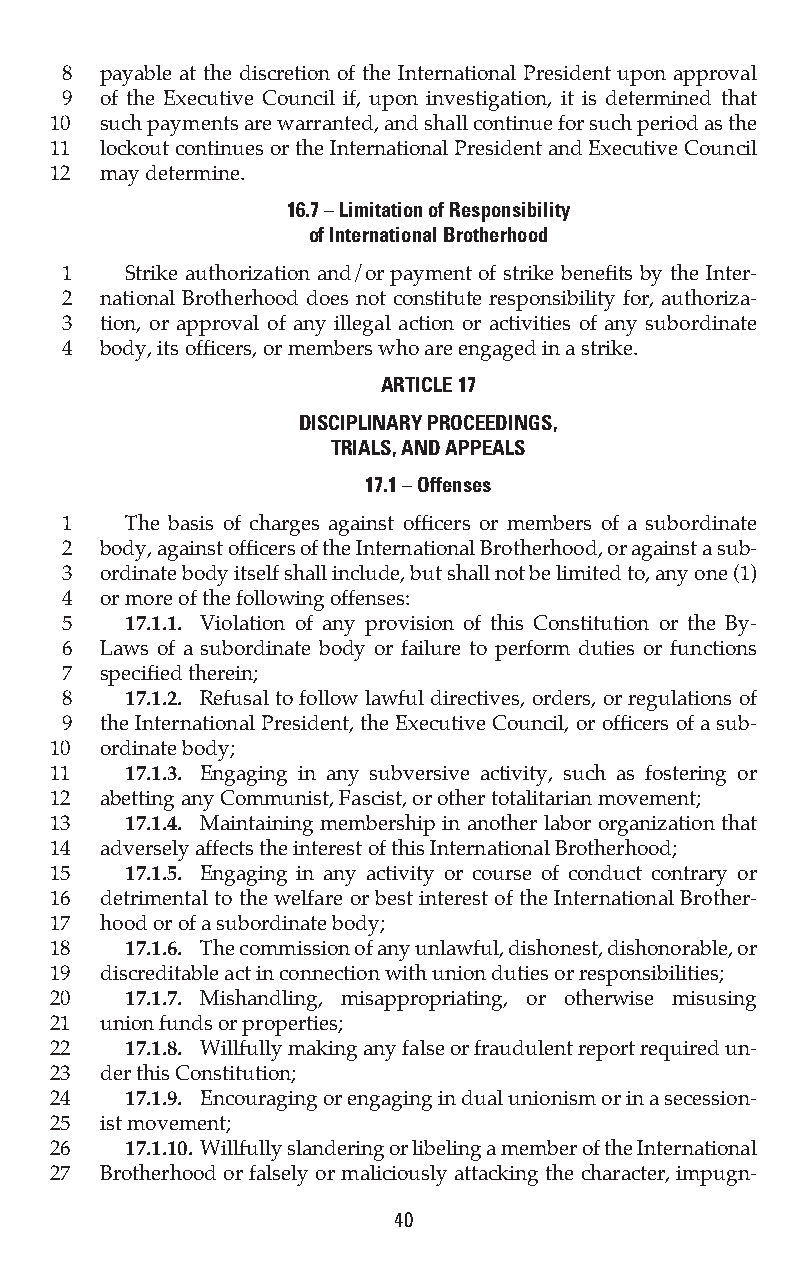
8  payable at the discretion of the International President upon approval
 9  of the Executive Council if, upon investigation, it is determined that
 10  such payments are warranted, and shall continue for such period as the
 11  lockout continues or the International President and Executive Council
 12  may determine.
 16.7 – Limitation of Responsibility
 of International Brotherhood
 1   Strike authorization and/or payment of strike benefits by the Inter-
 2  national Brotherhood does not constitute responsibility for, authoriza-
 3  tion, or approval of any illegal action or activities of any subordinate
 4  body, its officers, or members who are engaged in a strike.
 ARTICLE 17
 DISCIPLINARY PROCEEDINGS,
 TRIALS, AND APPEALS
 17.1 – Offenses
 1   The basis of charges against officers or members of a subordinate
 2  body, against officers of the International Brotherhood, or against a sub-
 3  ordinate body itself shall include, but shall not be limited to, any one (1)
 4  or more of the following offenses:
 5   17.1.1. Violation of any provision of this Constitution or the By-
 6  Laws of a subordinate body or failure to perform duties or functions
 7  specified therein;
 8   17.1.2. Refusal to follow lawful directives, orders, or regulations of
 9  the International President, the Executive Council, or officers of a sub-
 10  ordinate body;
 11   17.1.3. Engaging in any subversive activity, such as fostering or
 12  abetting any Communist, Fascist, or other totalitarian movement;
 13   17.1.4. Maintaining membership in another labor organization that
 14  adversely affects the interest of this International Brotherhood;
 15   17.1.5. Engaging in any activity or course of conduct contrary or
 16  detrimental to the welfare or best interest of the International Brother-
 17  hood or of a subordinate body;
 18   17.1.6. The commission of any unlawful, dishonest, dishonorable, or
 19  discreditable act in connection with union duties or responsibilities;
 20   17.1.7. Mishandling, misappropriating, or otherwise misusing
 21  union funds or properties;
 22   17.1.8. Willfully making any false or fraudulent report required un-
 23  der this Constitution;
 24   17.1.9. Encouraging or engaging in dual unionism or in a secession-
 25  ist movement;
 26   17.1.10. Willfully slandering or libeling a member of the International
 27  Brotherhood or falsely or maliciously attacking the character, impugn-
 40